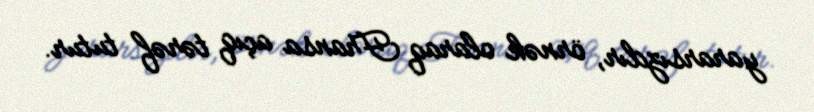
yararsızdır, örnək olaraq Fransa açıq tərəf tutur.